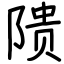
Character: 𬯎